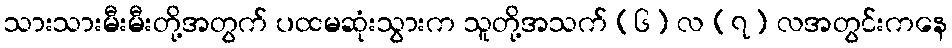
သားသားမီးမီးတို့အတွက် ပထမဆုံးသွားက သူတို့အသက် (၆) လ (၇) လအတွင်းကနေ